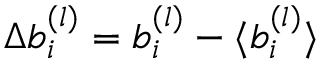
\Delta b _ { i } ^ { ( l ) } = b _ { i } ^ { ( l ) } - \langle { b _ { i } ^ { ( l ) } } \rangle